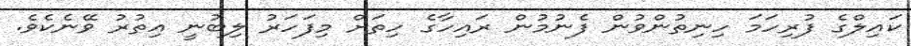
ކައިލްގެ ފުރިހަމަ ހިނިތުންވުން ފެނުމުން ރައިހާގެ ހިތަށް މިފަހަރު ލިބުނީ އިތުރު ވޭނެކެެވެ.